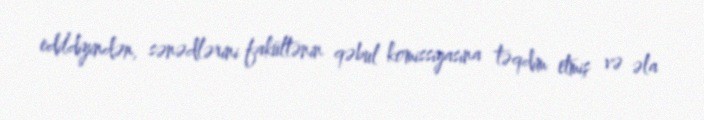
edildiyindən, sənədlərini fakültənin qəbul komissiyasına təqdim etmiş və əla